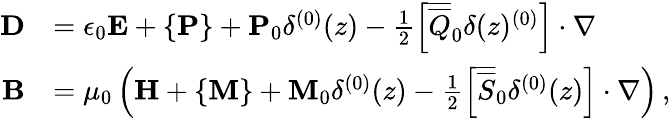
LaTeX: \begin{array}{rl}{\mathbf{D}}&{=\epsilon_{0}\mathbf{E}+\{ \mathbf{P}\} +\mathbf{P}_{0}\delta^{(0)}(z)-\frac{1}{2}\left[\overline{{\overline{{Q}}}}_{0}\delta(z)^{(0)}\right]\cdot\nabla}\\ {\mathbf{B}}&{=\mu_{0}\left(\mathbf{H}+\{ \mathbf{M}\} +\mathbf{M}_{0}\delta^{(0)}(z)-\frac{1}{2}\left[\overline{{\overline{{S}}}}_{0}\delta^{(0)}(z)\right]\cdot\nabla\right)\, ,}\end{array}